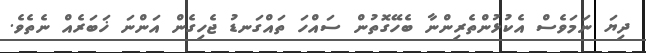
ދިޔަ ނަމަވެސް އެކުޅުންތެރިންނާ ބެހޭގޮތުން ސައްހަ ތައްގަނޑު ޖެހިގެން އަންނަ ޚަބަރެއް ނެތެވެ.